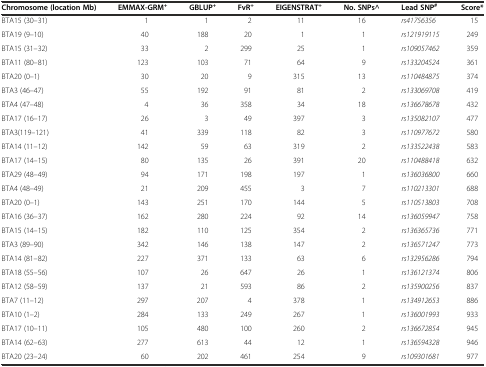
<table><thead><tr><td><b>Chromosome (location Mb)</b></td><td><b>EMMAX-GRM<sup>+</sup></b></td><td><b>GBLUP<sup>+</sup></b></td><td><b>FvR<sup>+</sup></b></td><td><b>EIGENSTRAT<sup>+</sup></b></td><td><b>No. SNPs^</b></td><td><b>Lead SNP<sup>#</sup></b></td><td><b>Score*</b></td></tr></thead><tbody><tr><td>BTA15 (30–31)</td><td>1</td><td>1</td><td>2</td><td>11</td><td>16</td><td><i>rs41756356</i></td><td>15</td></tr><tr><td>BTA19 (9–10)</td><td>40</td><td>188</td><td>20</td><td>1</td><td>1</td><td><i>rs121919115</i></td><td>249</td></tr><tr><td>BTA15 (31–32)</td><td>33</td><td>2</td><td>299</td><td>25</td><td>1</td><td><i>rs109057462</i></td><td>359</td></tr><tr><td>BTA11 (80–81)</td><td>123</td><td>103</td><td>71</td><td>64</td><td>9</td><td><i>rs133204524</i></td><td>361</td></tr><tr><td>BTA20 (0–1)</td><td>30</td><td>20</td><td>9</td><td>315</td><td>13</td><td><i>rs110484875</i></td><td>374</td></tr><tr><td>BTA3 (46–47)</td><td>55</td><td>192</td><td>91</td><td>81</td><td>2</td><td><i>rs133069708</i></td><td>419</td></tr><tr><td>BTA4 (47–48)</td><td>4</td><td>36</td><td>358</td><td>34</td><td>18</td><td><i>rs136678678</i></td><td>432</td></tr><tr><td>BTA17 (16–17)</td><td>26</td><td>3</td><td>49</td><td>397</td><td>3</td><td><i>rs135082107</i></td><td>477</td></tr><tr><td>BTA3(119–121)</td><td>41</td><td>339</td><td>118</td><td>82</td><td>3</td><td><i>rs110977672</i></td><td>580</td></tr><tr><td>BTA14 (11–12)</td><td>142</td><td>59</td><td>63</td><td>319</td><td>2</td><td><i>rs133522438</i></td><td>583</td></tr><tr><td>BTA17 (14–15)</td><td>80</td><td>135</td><td>26</td><td>391</td><td>20</td><td><i>rs110488418</i></td><td>632</td></tr><tr><td>BTA29 (48–49)</td><td>94</td><td>171</td><td>198</td><td>197</td><td>1</td><td><i>rs136036800</i></td><td>660</td></tr><tr><td>BTA4 (48–49)</td><td>21</td><td>209</td><td>455</td><td>3</td><td>7</td><td><i>rs110213301</i></td><td>688</td></tr><tr><td>BTA20 (0–1)</td><td>143</td><td>251</td><td>170</td><td>144</td><td>5</td><td><i>rs110513803</i></td><td>708</td></tr><tr><td>BTA16 (36–37)</td><td>162</td><td>280</td><td>224</td><td>92</td><td>14</td><td><i>rs136059947</i></td><td>758</td></tr><tr><td>BTA15 (14–15)</td><td>182</td><td>110</td><td>125</td><td>354</td><td>2</td><td><i>rs136365736</i></td><td>771</td></tr><tr><td>BTA3 (89–90)</td><td>342</td><td>146</td><td>138</td><td>147</td><td>2</td><td><i>rs136571247</i></td><td>773</td></tr><tr><td>BTA14 (81–82)</td><td>227</td><td>371</td><td>133</td><td>63</td><td>6</td><td><i>rs132956286</i></td><td>794</td></tr><tr><td>BTA18 (55–56)</td><td>107</td><td>26</td><td>647</td><td>26</td><td>1</td><td><i>rs136121374</i></td><td>806</td></tr><tr><td>BTA12 (58–59)</td><td>137</td><td>21</td><td>593</td><td>86</td><td>2</td><td><i>rs135900256</i></td><td>837</td></tr><tr><td>BTA7 (11–12)</td><td>297</td><td>207</td><td>4</td><td>378</td><td>1</td><td><i>rs134912653</i></td><td>886</td></tr><tr><td>BTA10 (1–2)</td><td>284</td><td>133</td><td>249</td><td>267</td><td>1</td><td><i>rs136001993</i></td><td>933</td></tr><tr><td>BTA17 (10–11)</td><td>105</td><td>480</td><td>100</td><td>260</td><td>2</td><td><i>rs136672854</i></td><td>945</td></tr><tr><td>BTA14 (62–63)</td><td>277</td><td>613</td><td>44</td><td>12</td><td>1</td><td><i>rs136594328</i></td><td>946</td></tr><tr><td>BTA20 (23–24)</td><td>60</td><td>202</td><td>461</td><td>254</td><td>9</td><td><i>rs109301681</i></td><td>977</td></tr></tbody></table>